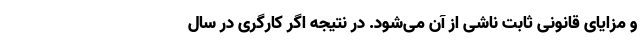
و مزایای قانونی ثابت ناشی از آن می‌شود. در نتیجه اگر کارگری در سال